Report of the Bombay Plague Committee
Disease focus: Plague
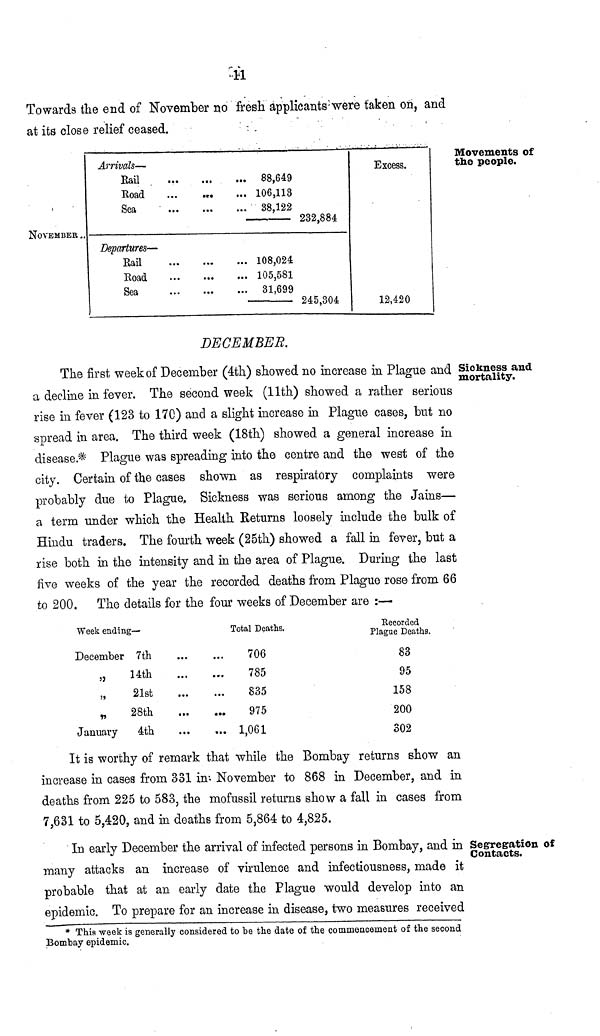
11
Towards the end of November no fresh applicants were taken on, and
at its close relief ceased.
Movements of
the people.
NOVEMBER
Arrivals—
Bail
Road
...
.
Sea
Departures—
Rail
Road
Sea
88,649
106,113
38,122
108,024
105,581
31,699
232,884
245,304
Excess.
12,420
DECEMBER.
Sickness and
mortality.
The first week of December (4th) showed no increase in Plague and
a decline in fever. The second week (11th) showed a rather serious
rise in fever (123 to 170) and a slight increase in Plague cases, but no
spread in area. The third week (18th) showed a general increase in
disease.* Plague was spreading into the centre and the west of the
city. Certain of the cases shown as respiratory complaints were
probably due to Plague, Sickness was serious among the Jains—
a term under which the Health Returns loosely include the bulk of
Hindu traders. The fourth, week (25th) showed a fall in fever, but a
rise both in the intensity and in the area of Plague. During the last
five weeks of the year the recorded deaths from Plague rose from 66
to 200. The details for the four weeks of December are :—
Week ending—
December 7th
„
14th
21st
„
28th
January
4th
Total Deaths.
706
785
835
975
1,061
Recorded
Plague Deaths.
83
95
158
200
302
It is worthy of remark that while the Bombay returns show an
increase in cases from 331 in*. November to 868 in December, and in
deaths from 225 to 583, the mofussil returns show a fall in cases from
7,631 to 5,420, and in deaths from 5,864 to 4,825.
Segregation off
Contacts.
In early December the arrival of infected persons in Bombay, and in
many attacks an increase of virulence and infectiousness, made it
probable that at an early date the Plague would develop into an
epidemic. To prepare for an increase in disease, two measures received
* This week is generally considered to be the date of the commencement of the second
Bombay epidemic.